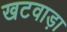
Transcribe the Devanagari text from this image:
खटवाड़ा